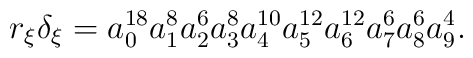
r_\xi\delta_\xi = a_0^{18}a_1^{8}a_2^{6}a_3^{8}a_4^{10}	a_5^{12}a_6^{12}a_7^{6}a_8^{6}a_9^{4}.